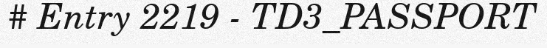
# Entry 2219 - TD3_PASSPORT